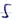
Text: S